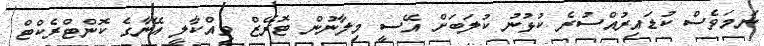
ނަމަވެސް ކުޑައިރުއްސުރެ ކުޅުނު ކުލަބަށް އޭސީ މިލާނުން ޓޮރޭޒް ވިއްކާލީ އޭނާގެ ކޮންޓްރެކްޓް